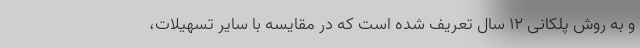
و به روش پلکانی ۱۲ سال تعریف شده است که در مقایسه با سایر تسهیلات،